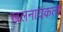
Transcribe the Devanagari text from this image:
खलनायकत्व